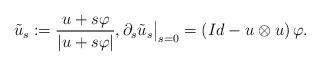
LaTeX: \begin{align*} \tilde u_s := \frac{u+s\varphi}{|u+s\varphi|}, \partial_s \tilde u_s\big|_{s=0} = \left( Id -u \otimes u \right) \varphi. \end{align*}